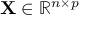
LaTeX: \mathbf { X } \in \mathbb { R } ^ { n \times p }